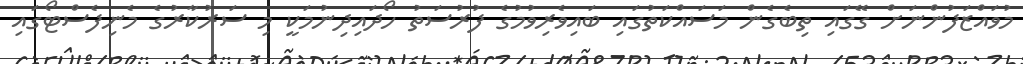
މުވައްޒަފުންނަށް ގޭގައި ތިބެގެން މަސައްކަތުގައި ބައިވެރިވުމުގެ ފުރުސަތު ހޯދައިދިނުމަކީ މި ސަރުކާރުގެ މެނިފެސްޓޯގައި